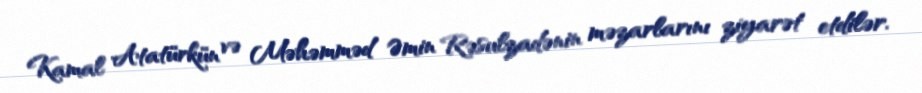
Kamal Atatürkün və Məhəmməd Əmin Rəsulzadənin məzarlarını ziyarət etdilər.